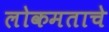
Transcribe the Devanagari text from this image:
लोकमताचे